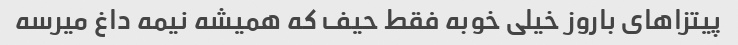
پیتزاهای باروز خیلی خوبه فقط حیف که همیشه نیمه داغ میرسه